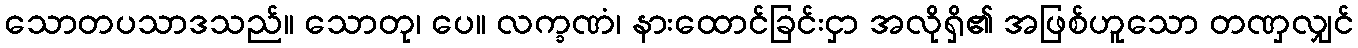
သောတပသာဒသည်။ သောတု၊ ပေ။ လက္ခဏံ၊ နားထောင်ခြင်းငှာ အလိုရှိ၏ အဖြစ်ဟူသော တဏှလျှင်